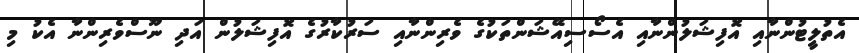
އެތުލީޓުންނާއި އޮފިޝަލުންނާއި އެސޯސިއޭޝަންތަކުގެ ވެރިންނާއި ސަރުކާރުގެ އޮފިޝަލުން އަދި ނޫސްވެރިންނާ އެކު މި